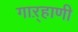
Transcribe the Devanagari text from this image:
गाऱ्हाणी